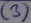
Text: (3)